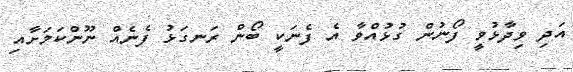
އަދި ވިދާޅުވީ ފޯނުން ގުޅުއްވާ އެ ފެނަކީ ބޯން ރަނގަޅު ފެނެއް ނޫންކަމަށާއި